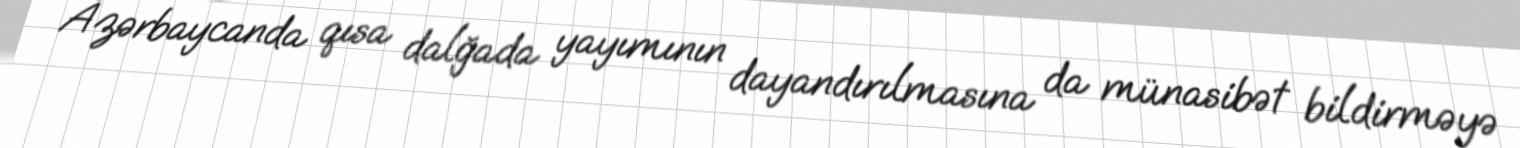
Azərbaycanda qısa dalğada yayımının dayandırılmasına da münasibət bildirməyə